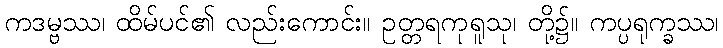
ကဒမ္ဗဿ၊ ထိမ်ပင်၏ လည်းကောင်း။ ဥတ္တရကုရူသု၊ တို့၌။ ကပ္ပရုက္ခဿ၊